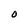
Character: O